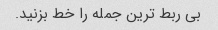
بی ربط ترین جمله را خط بزنید.